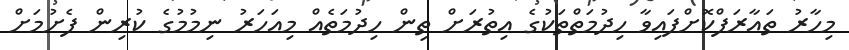
މިހާރު ތައާރަފްކޮށްފައިވާ ހިދުމަތްތަކުގެ އިތުރަށް ތިން ހިދުމަތެއް މިއަހަރު ނިމުމުގެ ކުރިން ފެށުމަށް